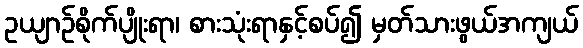
ဥယျာဉ်စိုက်ပျိုးရာ၊ စားသုံးရာနှင့်စပ်၍ မှတ်သားဖွယ်အကျယ်